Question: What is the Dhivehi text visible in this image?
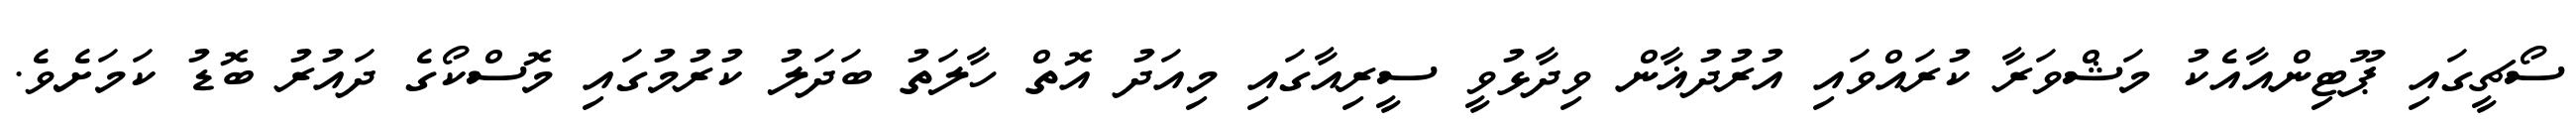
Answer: ސޯޗީގައި ޕޫޓިންއާއެކު މަޝްވަރާ ކުރައްވައި އުރުދުޣާން ވިދާޅުވީ ސީރިއާގައި މިއަދު އޮތް ހާލަތު ބަދަލު ކުރުމުގައި މޮސްކޯގެ ދައުރު ބޮޑު ކަމަށެވެ.